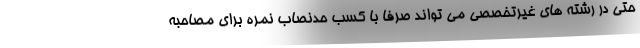
حتی در رشته های غیرتخصصی می تواند صرفا با کسب حدنصاب نمره برای مصاحبه